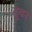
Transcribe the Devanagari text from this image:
गुबर